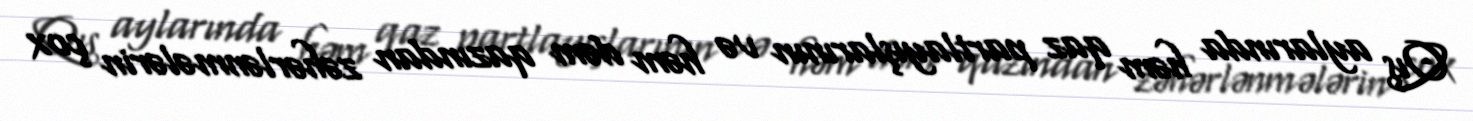
Qış aylarında həm qaz partlayışlarının və həm dəm qazından zəhərlənmələrin çox